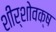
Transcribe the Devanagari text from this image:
शीर्शोवक्ष